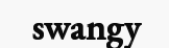
swangy